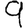
Digit: 9